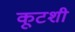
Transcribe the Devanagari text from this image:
कूटशी